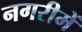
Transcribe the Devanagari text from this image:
नगरीमें